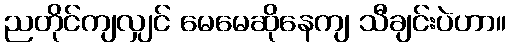
ညတိုင်ကျလျှင် မေမေဆိုနေကျ သီချင်းပဲဟာ။